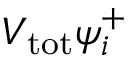
V _ { \mathrm { t o t } } \psi _ { i } ^ { + }